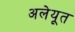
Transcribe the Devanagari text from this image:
अलेयूत